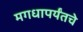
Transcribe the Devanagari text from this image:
मगधापर्यंतचे